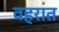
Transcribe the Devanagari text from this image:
वहरात